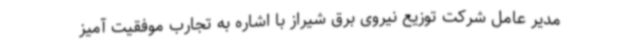
مدیر عامل شرکت توزیع نیروی برق شیراز با اشاره به تجارب موفقیت آمیز